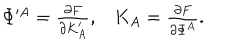
\begin{matrix} { { \Phi ^ { \prime A } = { \frac { \partial F } { \partial K _ { A } ^ { \prime } } } , } } & { { K _ { A } = { \frac { \partial F } { \partial \Phi ^ { A } } } . } } \\ \end{matrix}